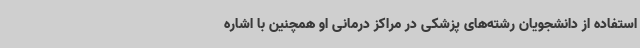
استفاده از دانشجویان رشته‌های پزشکی در مراکز درمانی او همچنین با اشاره